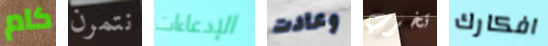
كام نتمرن الإدعاءات وعادت تخرب افكارك